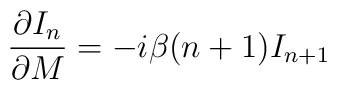
{\partial I_{n}\over \partial M} = -i\beta(n+1)I_{n+1}